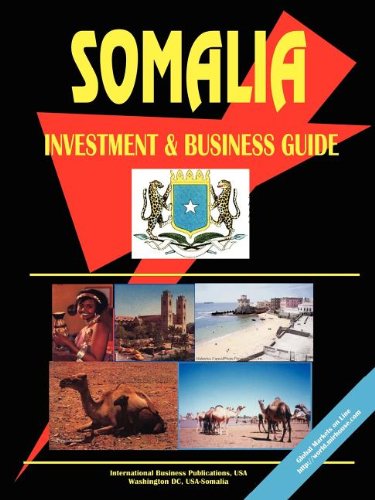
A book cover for Somalia Investment And Business Guide; Ibp Usa; Travel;